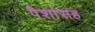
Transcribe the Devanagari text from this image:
पैशांसह